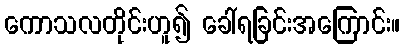
ကောသလတိုင်းဟူ၍ ခေါ်ရခြင်းအကြောင်း။